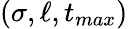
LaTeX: (\sigma,\ell,t_{max})